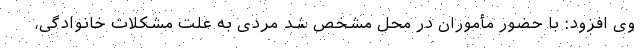
وی افزود: با حضور مأموران در محل مشخص شد مردی به علت مشکلات خانوادگی،